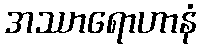
အဿာရောဟာနံ